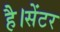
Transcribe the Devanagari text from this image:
है।सेंटर